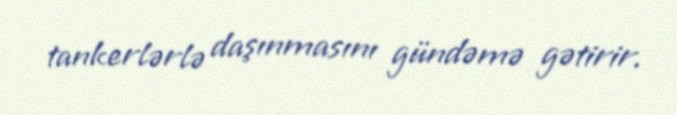
tankerlərlə daşınmasını gündəmə gətirir.